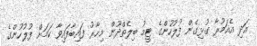
އަދި އެއަމުރާ ގުޅިގެން ފުލުހުންގެ ޓީމު ބިލެތްދޫން މިހާރު ފައިބާފައިވާ ކަމަށް ފުލުހުންގެ